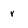
Character: v